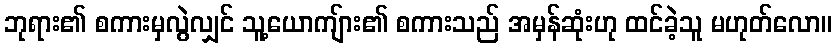
ဘုရား၏ စကားမှလွဲလျှင် သူ့ယောကျ်ား၏ စကားသည် အမှန်ဆုံးဟု ထင်ခဲ့သူ မဟုတ်လော။